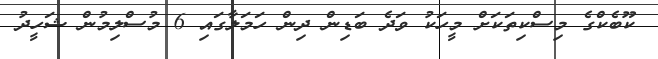
ކޫބެކްގެ މިސްކިތަކަށް މީހަކު ވަދެ ބަޑިން ދިން ހަމަލާގައި 6 މުސްލިމުން ޝަހީދު